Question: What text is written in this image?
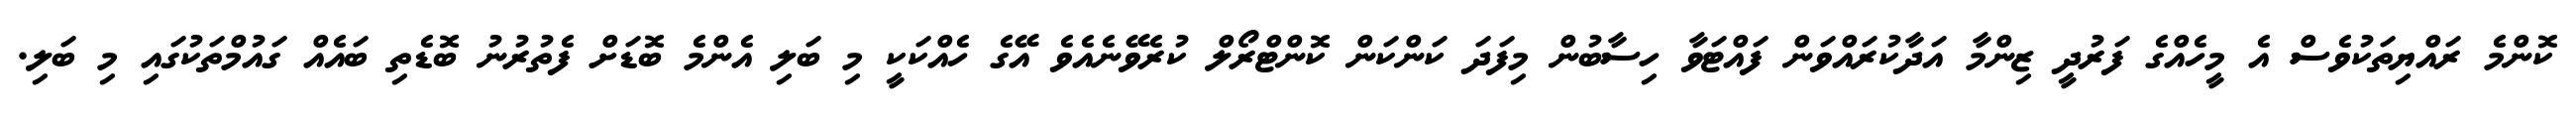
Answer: ކޮންމެ ރައްޔިތަކުވެސް އެ މީހެއްގެ ފަރުދީ ޒިންމާ އަދާކުރައްވަން ފައްޓަވާ ހިސާބުން މިފަދަ ކަންކަން ކޮންޓްރޯލް ކުރެވޭނެއެވެ އޭގެ ހެއްކަކީ މި ބަލި އެންމެ ބޮޑަށް ފެތުރުނު ބޮޑެތި ބައެއް ގައުމްތަކުގައި މި ބަލި.